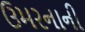
ઉમરનાની